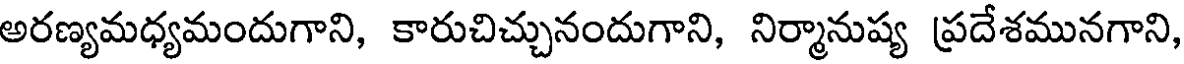
అరణ్యమధ్యమందుగాని, కారుచిచ్చునందుగాని, నిర్మానుష్య ప్రదేశమునగాని,